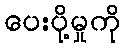
ပေးပို့မှုကို